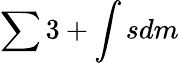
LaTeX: \sum 3+\int sdm